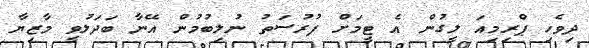
ދިވެހި ޕްރިމިއަ ލީގުން އެ ޓީމަށް ފުރުސަތު ނުލިބުމުން އޭނާ ބަދަލުވީ މާޒިޔާ